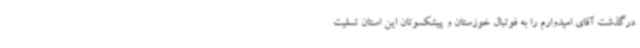
درگذشت آقای امیدوارم را به فوتبال خوزستان و پیشکسوتان این استان تسلیت